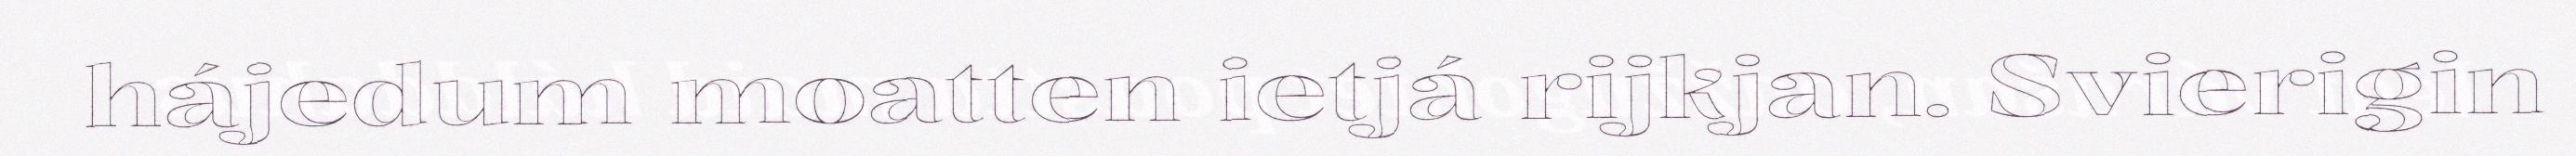
hájedum moatten ietjá rijkjan. Svierigin